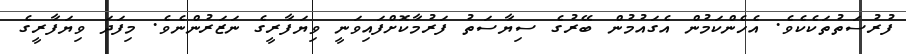
ފުރުސަތުތަކެކެވެ. އެހެންކަމުން އެގައުމުން ބޭރުގެ ސިޔާސަތު ފަރުމާކޮށްފައިވަނީ ވިޔަފާރީގެ ނަޒަރުންނެވެ. މިފަދަ ވިޔަފާރީގެ